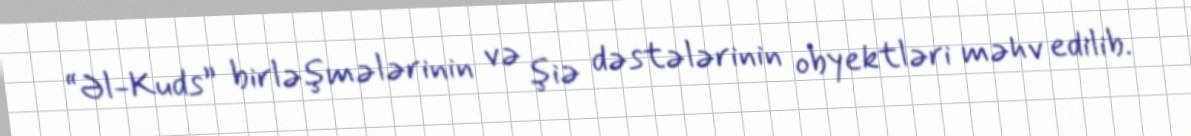
“Əl-Kuds” birləşmələrinin və şiə dəstələrinin obyektləri məhv edilib.